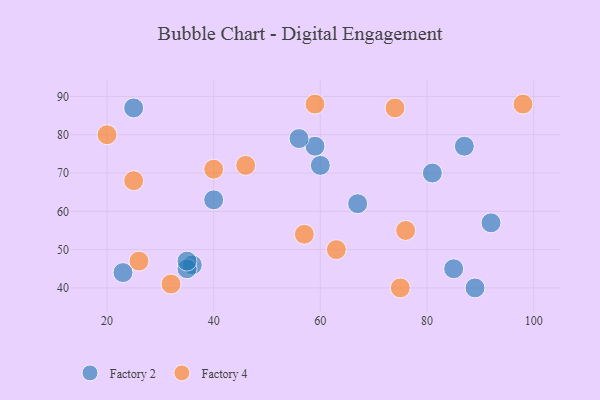
{"axis": {"x": "GDP", "y": "Life Expectancy"}, "legend": ["Factory 2", "Factory 4"], "data": [{"x": "36", "y": 46, "type": "Factory 2"}, {"x": "35", "y": 45, "type": "Factory 2"}, {"x": "60", "y": 72, "type": "Factory 2"}, {"x": "59", "y": 77, "type": "Factory 2"}, {"x": "23", "y": 44, "type": "Factory 2"}, {"x": "89", "y": 40, "type": "Factory 2"}, {"x": "40", "y": 63, "type": "Factory 2"}, {"x": "35", "y": 47, "type": "Factory 2"}, {"x": "87", "y": 77, "type": "Factory 2"}, {"x": "56", "y": 79, "type": "Factory 2"}, {"x": "92", "y": 57, "type": "Factory 2"}, {"x": "81", "y": 70, "type": "Factory 2"}, {"x": "67", "y": 62, "type": "Factory 2"}, {"x": "85", "y": 45, "type": "Factory 2"}, {"x": "25", "y": 87, "type": "Factory 2"}, {"x": "25", "y": 68, "type": "Factory 4"}, {"x": "63", "y": 50, "type": "Factory 4"}, {"x": "26", "y": 47, "type": "Factory 4"}, {"x": "57", "y": 54, "type": "Factory 4"}, {"x": "40", "y": 71, "type": "Factory 4"}, {"x": "20", "y": 80, "type": "Factory 4"}, {"x": "32", "y": 41, "type": "Factory 4"}, {"x": "74", "y": 87, "type": "Factory 4"}, {"x": "76", "y": 55, "type": "Factory 4"}, {"x": "75", "y": 40, "type": "Factory 4"}, {"x": "59", "y": 88, "type": "Factory 4"}, {"x": "46", "y": 72, "type": "Factory 4"}, {"x": "98", "y": 88, "type": "Factory 4"}]}